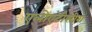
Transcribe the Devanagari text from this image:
एलोएंटीसीरा